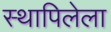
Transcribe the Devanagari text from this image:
स्थापिलेला